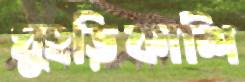
ঘুংড়িকাশি